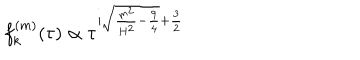
f _ { k } ^ { ( m ) } ( \tau ) \propto \tau ^ { i \sqrt { \frac { m ^ { 2 } } { H ^ { 2 } } - \frac { 9 } { 4 } } + \frac { 3 } { 2 } }